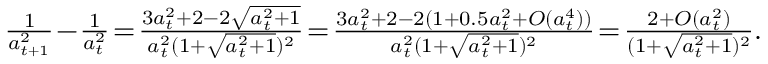
\begin{array} { r } { \frac { 1 } { a _ { t + 1 } ^ { 2 } } \! - \! \frac { 1 } { a _ { t } ^ { 2 } } \! = \! \frac { 3 a _ { t } ^ { 2 } + 2 - 2 \sqrt { a _ { t } ^ { 2 } + 1 } } { a _ { t } ^ { 2 } ( 1 + \sqrt { a _ { t } ^ { 2 } + 1 } ) ^ { 2 } } \! = \! \frac { 3 a _ { t } ^ { 2 } + 2 - 2 ( 1 + 0 . 5 a _ { t } ^ { 2 } + O ( a _ { t } ^ { 4 } ) ) } { a _ { t } ^ { 2 } ( 1 + \sqrt { a _ { t } ^ { 2 } + 1 } ) ^ { 2 } } \! = \! \frac { 2 + O ( a _ { t } ^ { 2 } ) } { ( 1 + \sqrt { a _ { t } ^ { 2 } + 1 } ) ^ { 2 } } . } \end{array}